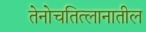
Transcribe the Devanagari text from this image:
तेनोचतित्लानातील